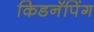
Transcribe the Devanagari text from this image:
किडनॅपिंग